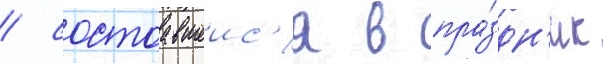
/ состоавшеис'я в пра́здн'ик